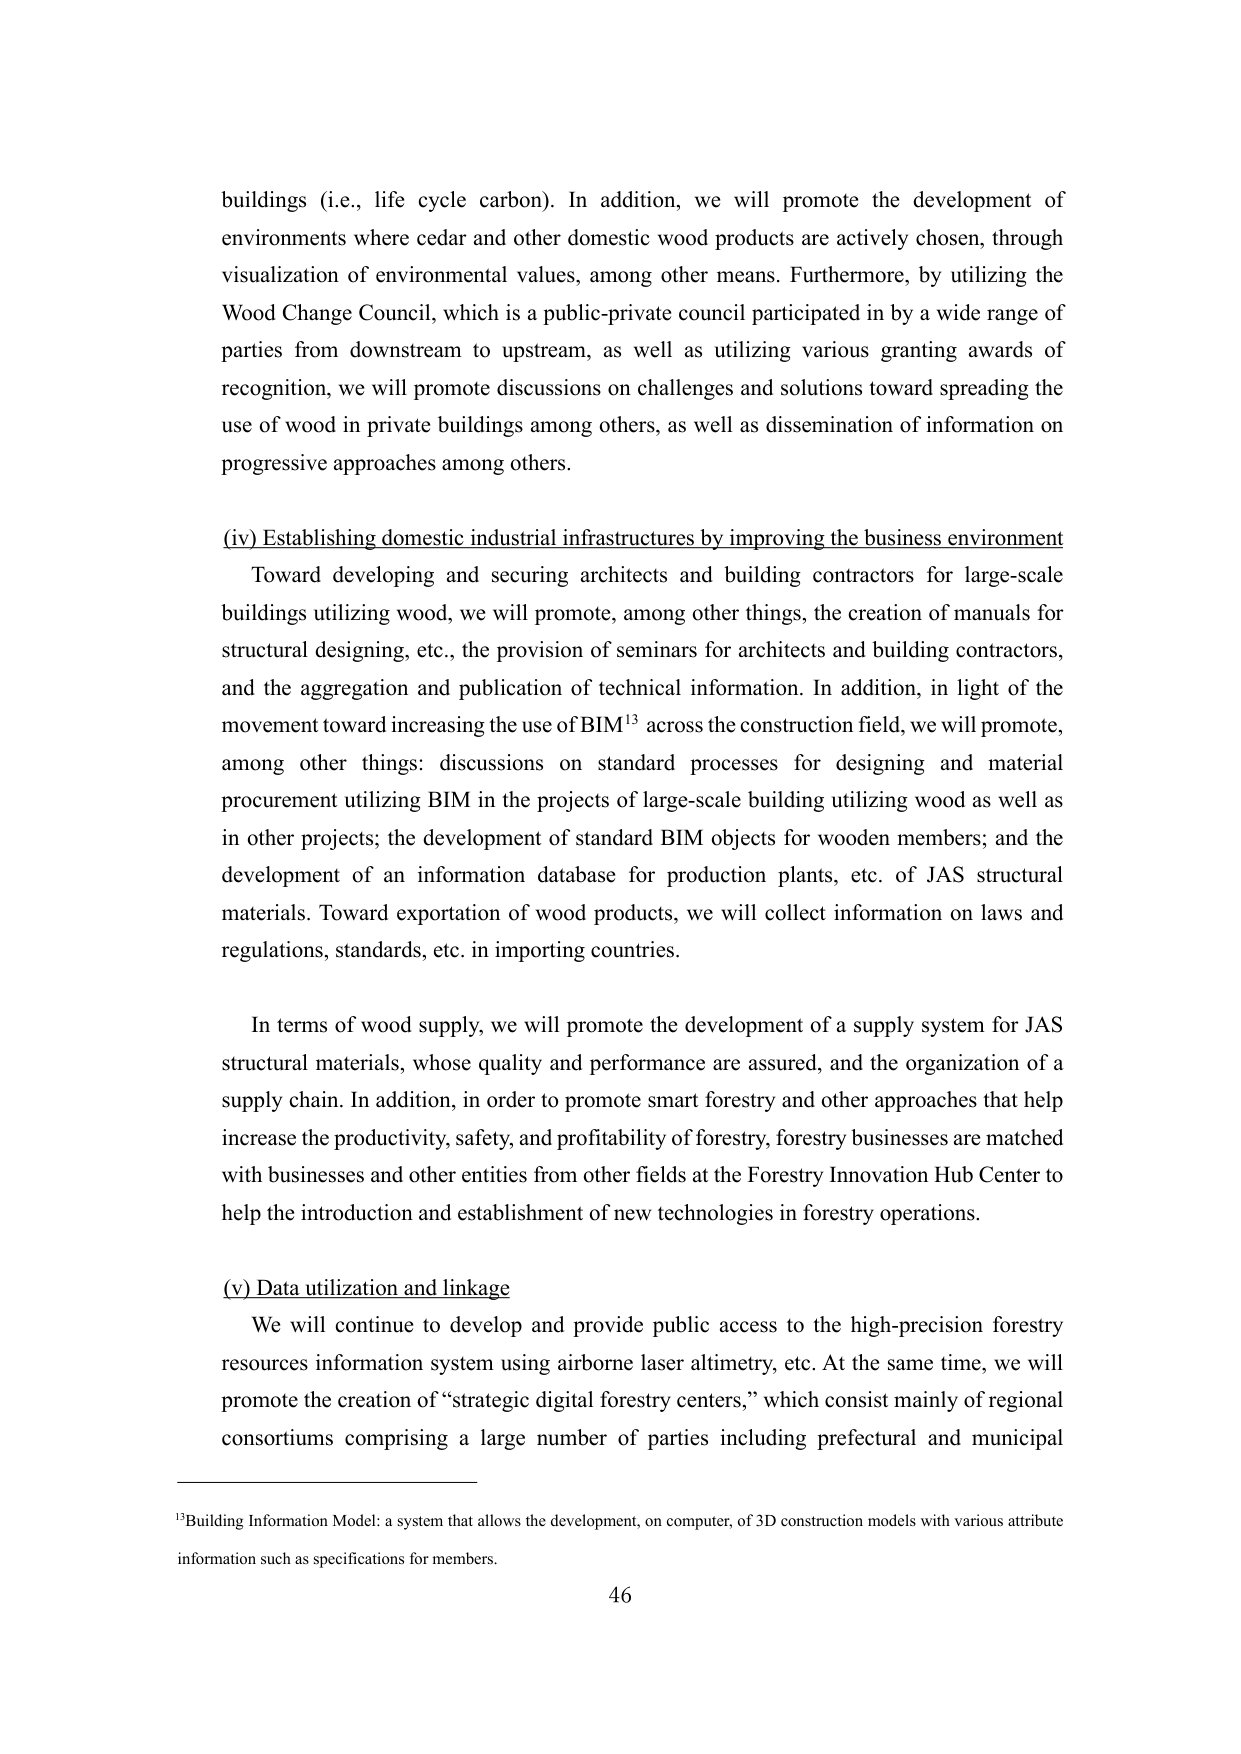
buildings (i.e., life cycle carbon). In addition, we will promote the development of environments where cedar and other domestic wood products are actively chosen, through visualization of environmental values, among other means. Furthermore, by utilizing the Wood Change Council, which is a public-private council participated in by a wide range of parties from downstream to upstream, as well as utilizing various granting awards of recognition, we will promote discussions on challenges and solutions toward spreading the use of wood in private buildings among others, as well as dissemination of information on progressive approaches among others.

(iv) Establishing domestic industrial infrastructures by improving the business environment

Toward developing and securing architects and building contractors for large-scale buildings utilizing wood, we will promote, among other things, the creation of manuals for structural designing, etc., the provision of seminars for architects and building contractors, and the aggregation and publication of technical information. In addition, in light of the movement toward increasing the use of BIM¹³ across the construction field, we will promote, among other things: discussions on standard processes for designing and material procurement utilizing BIM in the projects of large-scale building utilizing wood as well as in other projects; the development of standard BIM objects for wooden members; and the development of an information database for production plants, etc. of JAS structural materials. Toward exportation of wood products, we will collect information on laws and regulations, standards, etc. in importing countries.

In terms of wood supply, we will promote the development of a supply system for JAS structural materials, whose quality and performance are assured, and the organization of a supply chain. In addition, in order to promote smart forestry and other approaches that help increase the productivity, safety, and profitability of forestry, forestry businesses are matched with businesses and other entities from other fields at the Forestry Innovation Hub Center to help the introduction and establishment of new technologies in forestry operations.

(v) Data utilization and linkage

We will continue to develop and provide public access to the high-precision forestry resources information system using airborne laser altimetry, etc. At the same time, we will promote the creation of “strategic digital forestry centers,” which consist mainly of regional consortiums comprising a large number of parties including prefectural and municipal

¹³ Building Information Model: a system that allows the development, on computer, of 3D construction models with various attribute information such as specifications for members.

46